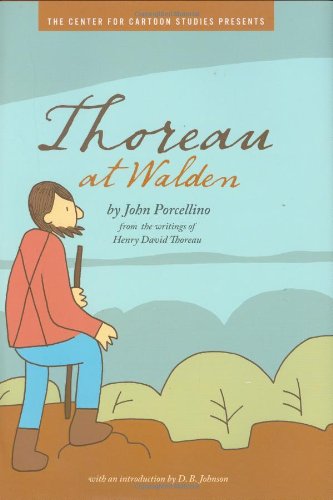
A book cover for Thoreau at Walden; John Porcellino; Children's Books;